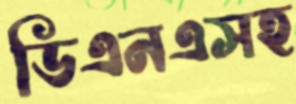
ডিএনএসহ